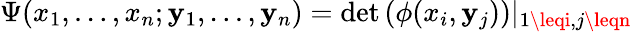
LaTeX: \Psi(x_{1},\ldots,x_{n};\mathbf{y}_{1},\ldots,\mathbf{y}_{n})=\operatorname*{det}\left(\phi(x_{i},\mathbf{y}_{j})\right)|_{1\leqi,j\leqn}